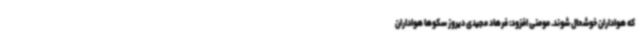
که هواداران خوشحال شوند. مومنی افزود: فرهاد مجیدی دیروز سکوها هواداران